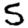
Digit: 5